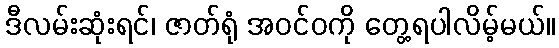
ဒီလမ်းဆုံးရင်၊ ဇာတ်ရုံ အဝင်ဝကို တွေ့ရပါလိမ့်မယ်။